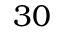
3 0